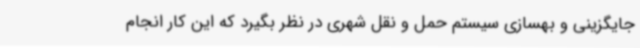
جایگزینی و بهسازی سیستم حمل و نقل شهری در نظر بگیرد که این کار انجام